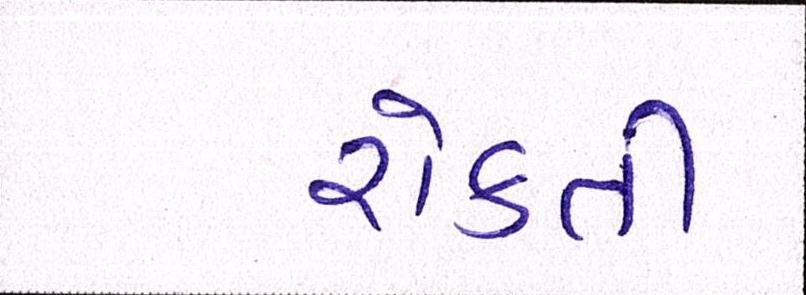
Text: રોકતી